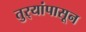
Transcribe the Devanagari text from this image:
तुर्‍यांपासून